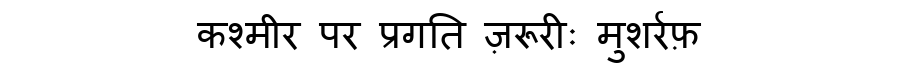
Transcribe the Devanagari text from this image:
कश्मीर पर प्रगति ज़रूरीः मुशर्रफ़